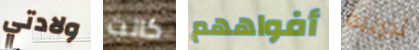
ولادتي كانت أفواههم تدريبه